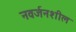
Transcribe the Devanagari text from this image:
नवर्जनशील